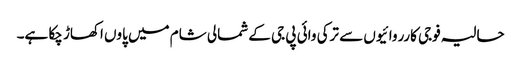
حالیہ فوجی کارروائیوں سے ترکی وائی پی جی کے شمالی شام میں پاوں اکھاڑ چکا ہے۔